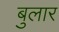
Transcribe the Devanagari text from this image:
बुलार